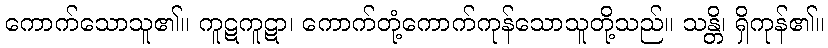
ကောက်သောသူ၏။ ကူဋကူဋာ၊ ကောက်တုံ့ကောက်ကုန်သောသူတို့သည်။ သန္တိ၊ ရှိကုန်၏။